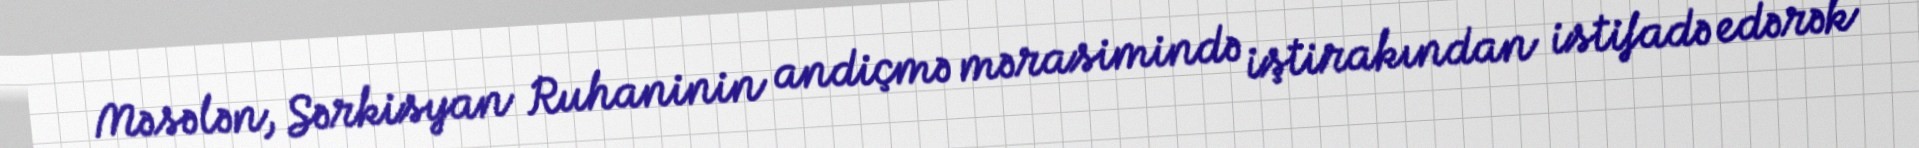
Məsələn, Sərkisyan Ruhaninin andiçmə mərasimində iştirakından istifadə edərək